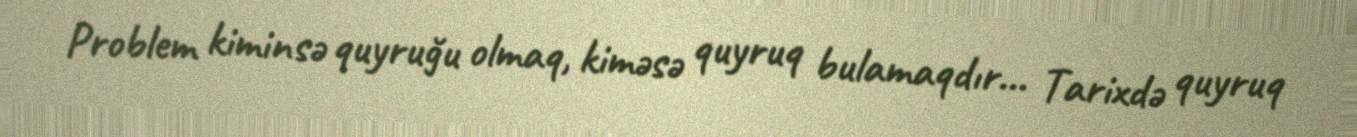
Problem kiminsə quyruğu olmaq, kiməsə quyruq bulamaqdır... Tarixdə quyruq